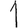
Digit: 1